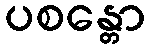
ပစန္တော